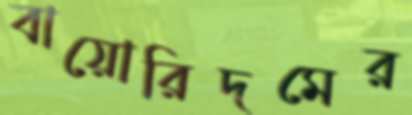
বায়োরিদমের